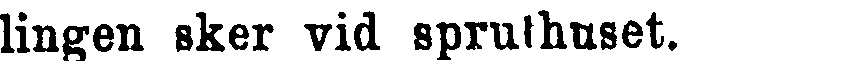
lingen sker vid spruthuset.